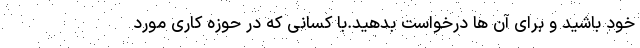
خود باشید و برای آن ها درخواست بدهید.با کسانی که در حوزه کاری مورد